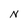
Character: N